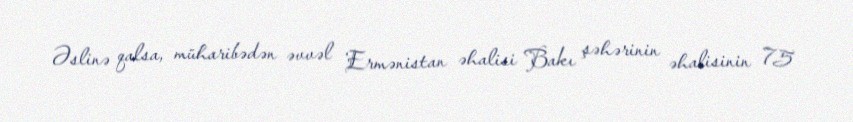
Əslinə qalsa, müharibədən əvvəl Ermənistan əhalisi Bakı şəhərinin əhalisinin 75